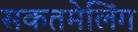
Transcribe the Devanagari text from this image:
सकतमेलिंग